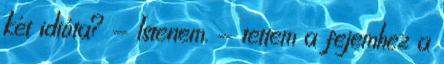
két idióta? - Istenem. - tettem a fejemhez a